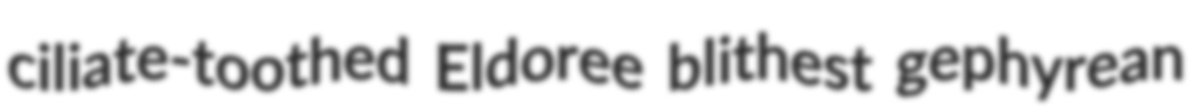
ciliate-toothed Eldoree blithest gephyrean